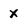
Character: X